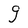
Character: g